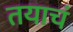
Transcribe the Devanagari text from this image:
तयाचं